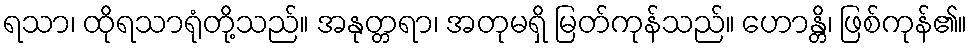
ရသာ၊ ထိုရသာရုံတို့သည်။ အနုတ္တရာ၊ အတုမရှိ မြတ်ကုန်သည်။ ဟောန္တိ၊ ဖြစ်ကုန်၏။